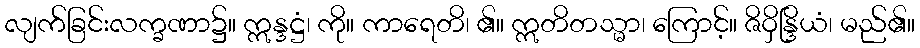
လျက်ခြင်းလက္ခဏာ၌။ ဣန္ဒဋ္ဌံ၊ ကို။ ကာရေတိ၊ ၏။ ဣတိတသ္မာ၊ ကြောင့်။ ဇိဝှိန္ဒြိယံ၊ မည်၏။